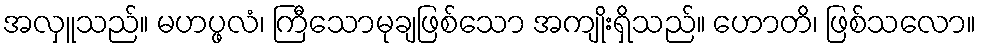
အလှူသည်။ မဟပ္ဖလံ၊ ကြီသောမုချဖြစ်သော အကျိုးရှိသည်။ ဟောတိ၊ ဖြစ်သလော။